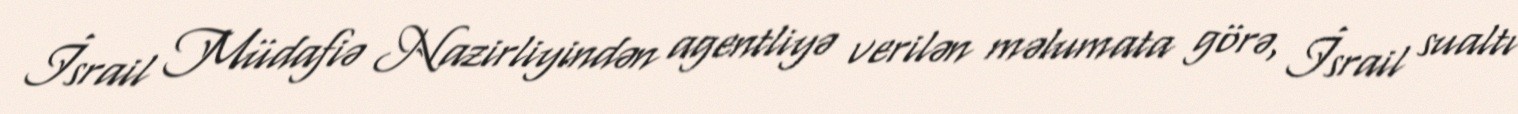
İsrail Müdafiə Nazirliyindən agentliyə verilən məlumata görə, İsrail sualtı